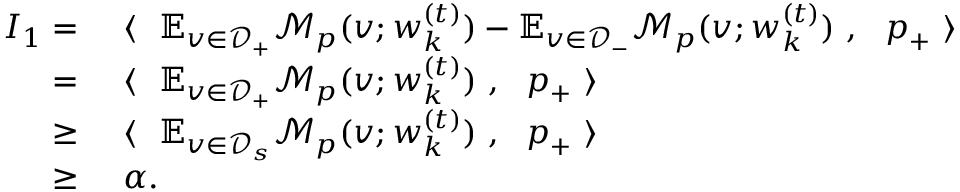
\begin{array} { r l } { I _ { 1 } = } & { ~ \langle ~ ~ \mathbb { E } _ { v \in \mathcal { D } _ { + } } \mathcal { M } _ { p } ( v ; { \boldsymbol w } _ { k } ^ { ( t ) } ) - \mathbb { E } _ { v \in \mathcal { D } _ { - } } \mathcal { M } _ { p } ( v ; { \boldsymbol w } _ { k } ^ { ( t ) } ) ~ , ~ ~ { \boldsymbol p } _ { + } ~ \rangle } \\ { = } & { ~ \langle ~ ~ \mathbb { E } _ { v \in \mathcal { D } _ { + } } \mathcal { M } _ { p } ( v ; { \boldsymbol w } _ { k } ^ { ( t ) } ) ~ , ~ ~ { \boldsymbol p } _ { + } ~ \rangle } \\ { \ge } & { ~ \langle ~ ~ \mathbb { E } _ { v \in \mathcal { D } _ { s } } \mathcal { M } _ { p } ( v ; { \boldsymbol w } _ { k } ^ { ( t ) } ) ~ , ~ ~ { \boldsymbol p } _ { + } ~ \rangle } \\ { \ge } & { ~ \alpha . } \end{array}